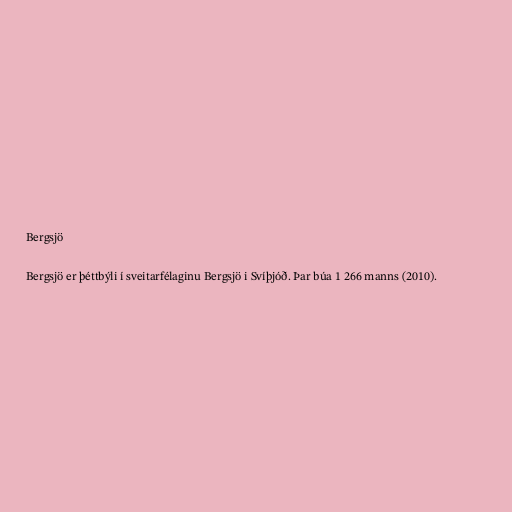
Bergsjö

Bergsjö er þéttbýli í sveitarfélaginu Bergsjö i Svíþjóð. Þar búa 1 266 manns (2010).